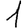
Digit: 1